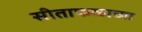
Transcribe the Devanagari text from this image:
सीताफळाच्या